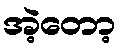
အဲ့တော့